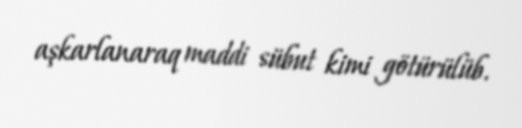
aşkarlanaraq maddi sübut kimi götürülüb.